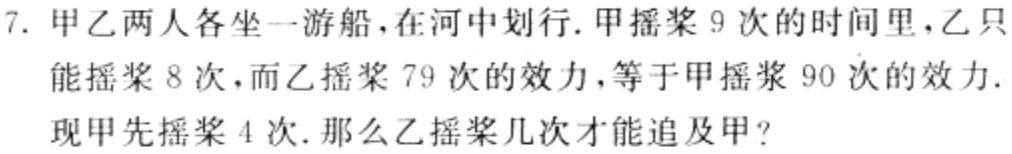
7. 甲乙两人各坐一游船，在河中划行. 甲摇桨 9 次的时间里，乙只能摇桨 8 次，而乙摇桨 79 次的效力，等于甲摇桨 90 次的效力. 现甲先摇桨 4 次. 那么乙摇桨几次才能追及甲?